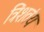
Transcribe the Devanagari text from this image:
त्रिंशतंयः